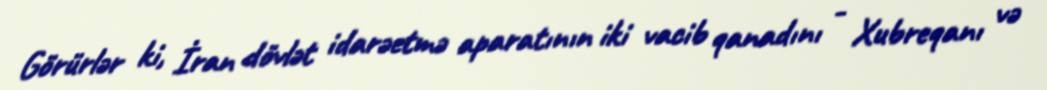
Görürlər ki, İran dövlət idarəetmə aparatının iki vacib qanadını - Xubreqanı və